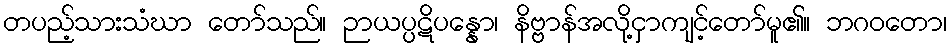
တပည့်သားသံဃာ တော်သည်။ ဉာယပ္ပဋိပန္နော၊ နိဗ္ဗာန်အလို့ငှာကျင့်တော်မူ၏။ ဘဂဝတော၊